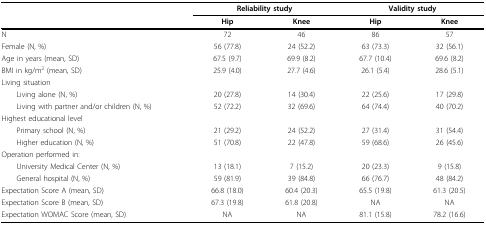
|  | <COLSPAN=2> Reliability study | <COLSPAN=2> Validity study |
 |  | Hip | Knee | Hip | Knee |
 | --- | --- | --- | --- | --- |
 | N | 72 | 46 | 86 | 57 |
 | Female (N, %) | 56 (77.8) | 24 (52.2) | 63 (73.3) | 32 (56.1) |
 | Age in years (mean, SD) | 67.5 (9.7) | 69.9 (8.2) | 67.7 (10.4) | 69.6 (8.2) |
 | BMI in kg/m2 (mean, SD) | 25.9 (4.0) | 27.7 (4.6) | 26.1 (5.4) | 28.6 (5.1) |
 | Living situation |  |  |  |  |
 | Living alone (N, %) | 20 (27.8) | 14 (30.4) | 22 (25.6) | 17 (29.8) |
 | Living with partner and/or children (N, %) | 52 (72.2) | 32 (69.6) | 64 (74.4) | 40 (70.2) |
 | Highest educational level |  |  |  |  |
 | Primary school (N, %) | 21 (29.2) | 24 (52.2) | 27 (31.4) | 31 (54.4) |
 | Higher education (N, %) | 51 (70.8) | 22 (47.8) | 59 (68.6) | 26 (45.6) |
 | Operation performed in: |  |  |  |  |
 | University Medical Center (N, %) | 13 (18.1) | 7 (15.2) | 20 (23.3) | 9 (15.8) |
 | General hospital (N, %) | 59 (81.9) | 39 (84.8) | 66 (76.7) | 48 (84.2) |
 | Expectation Score A (mean, SD) | 66.8 (18.0) | 60.4 (20.3) | 65.5 (19.8) | 61.3 (20.5) |
 | Expectation Score B (mean, SD) | 67.3 (19.8) | 61.8 (20.8) | NA | NA |
 | Expectation WOMAC Score (mean, SD) | NA | NA | 81.1 (15.8) | 78.2 (16.6) |